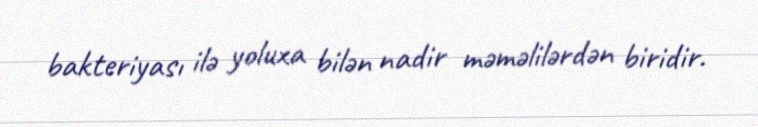
bakteriyası ilə yoluxa bilən nadir məməlilərdən biridir.